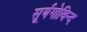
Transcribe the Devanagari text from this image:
सूर्यगोविन्द